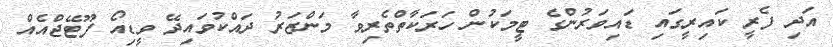
އަދި ފެރީ ކައިރީގައި ޑައިވަރުންގެ ޓީމަކުން ހަރަކާތްތެރިވާ މަންޒަރު ދައްކުވައިދޭ ވީޑިއޯ ފޫޓޭޖްއެއް